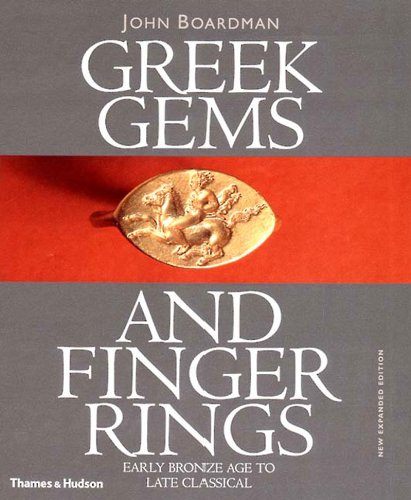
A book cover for Greek Gems and Finger Rings: Early Bronze to Late Classical; John Boardman; Crafts, Hobbies & Home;